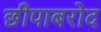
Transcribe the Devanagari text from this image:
छीपाबरोद